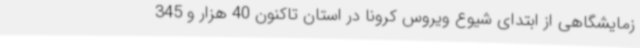
زمایشگاهی از ابتدای شیوع ویروس کرونا در استان تاکنون 40 هزار و 345